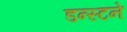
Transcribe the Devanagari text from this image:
डन्स्टने